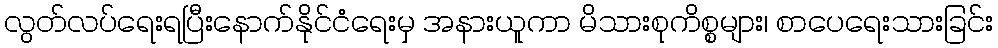
လွတ်လပ်ရေးရပြီးနောက်နိုင်ငံရေးမှ အနားယူကာ မိသားစုကိစ္စများ၊ စာပေရေးသားခြင်း